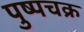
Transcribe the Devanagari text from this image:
पुष्पचक्र